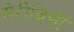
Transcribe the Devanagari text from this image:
सेरीविसी